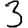
Digit: 3